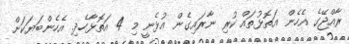
ރާއްޖޭގެ އެހެން އަތޮޅުތައް ކުރި ނާރައިގެން އުޅެނީ މި 4 އަތޮޅާހެދި. އެހެންބަޔަކަށް